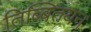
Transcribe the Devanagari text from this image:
तिब्बितयन